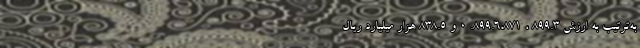
به‌ترتیب به ارزش ۸۹۹.۳ ، ۸۹۹.۶،‌۸۷۱. ۰ و ۸۳۸.۵ هزار میلیارد ریال